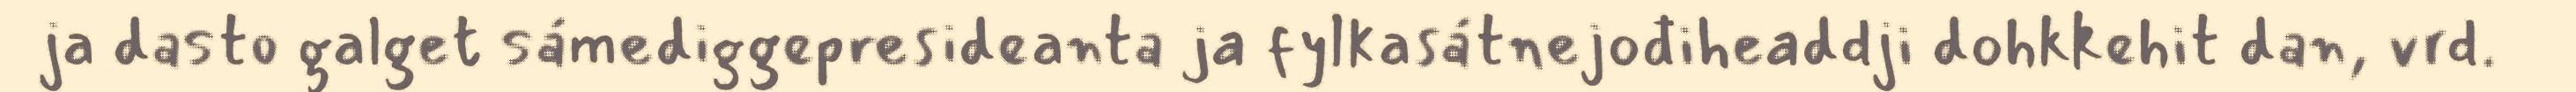
ja dasto galget sámediggepresideanta ja fylkasátnejođiheaddji dohkkehit dan, vrd.